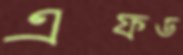
এফড